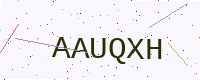
Text: AAUQXH